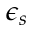
\epsilon _ { s }